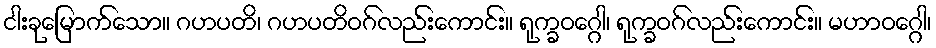
ငါးခုမြောက်သော။ ဂဟပတိ၊ ဂဟပတိဝဂ်လည်းကောင်း။ ရုက္ခဝဂ္ဂေါ၊ ရုက္ခဝဂ်လည်းကောင်း။ မဟာဝဂ္ဂေါ၊